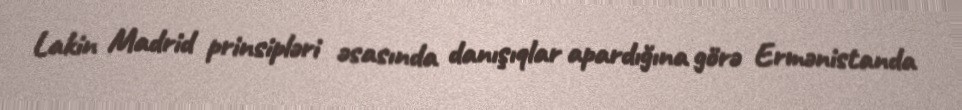
Lakin Madrid prinsipləri əsasında danışıqlar apardığına görə Ermənistanda